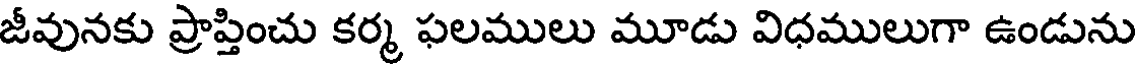
జీవునకు ప్రాప్తించు కర్మ ఫలములు మూడు విధములుగా ఉండును